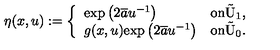
\eta ( x , u ) : = \left\{ \begin{array} { l l } { \mathrm { e x p } \left( 2 \overline { { a } } u ^ { - 1 } \right) } & { \mathrm { o n \tilde { U } _ 1 } , } \\ { g ( x , u ) \mathrm { e x p } \left( 2 \overline { { a } } u ^ { - 1 } \right) } & { \mathrm { o n \tilde { U } _ 0 . } } \\ \end{array} \right.